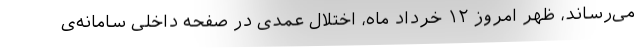
می‌رساند، ظهر امروز ۱۲ خرداد ماه، اختلال عمدی در صفحه داخلی سامانه‌ی